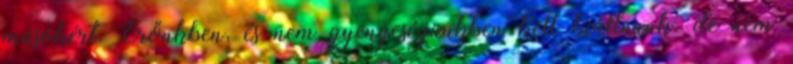
másokért. Erőnkben, és nem gyengeségünkben kell kiállnunk. de nem